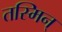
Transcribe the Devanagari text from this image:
तस्मिन्‌